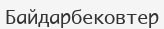
Байдарбековтер